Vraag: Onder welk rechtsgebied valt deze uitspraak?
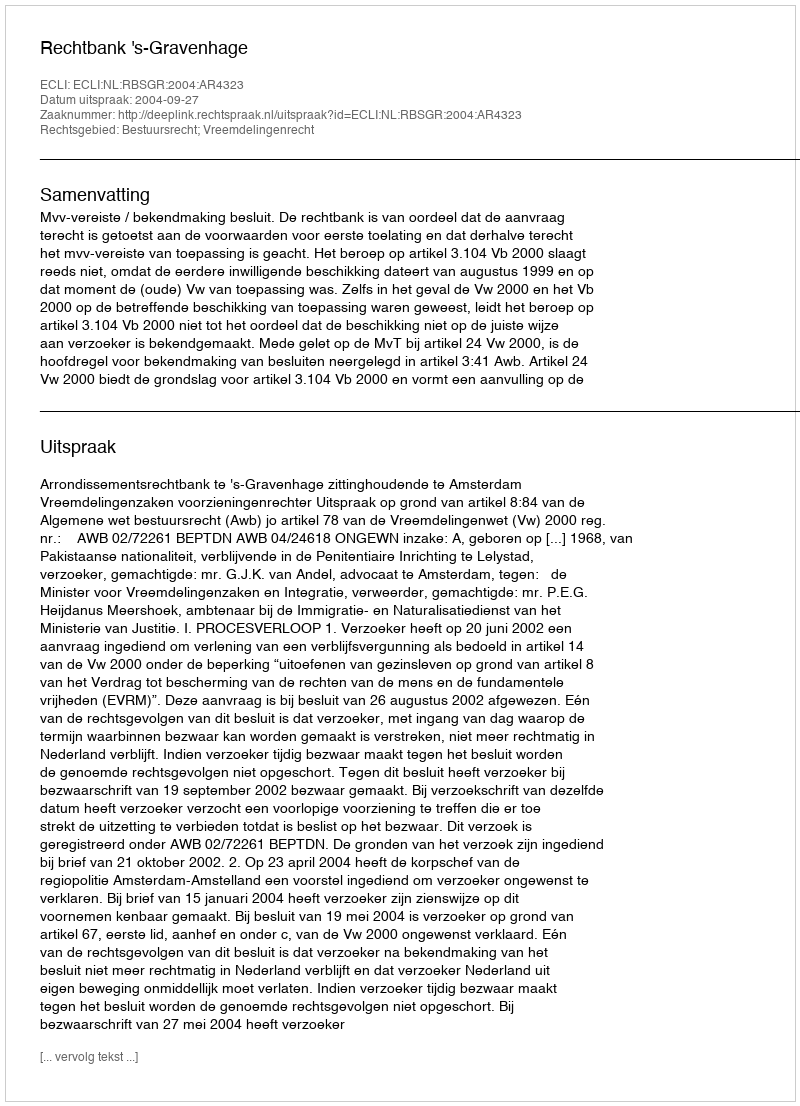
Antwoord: Bestuursrecht; Vreemdelingenrecht